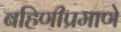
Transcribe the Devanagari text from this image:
बहिणीप्रमाणे